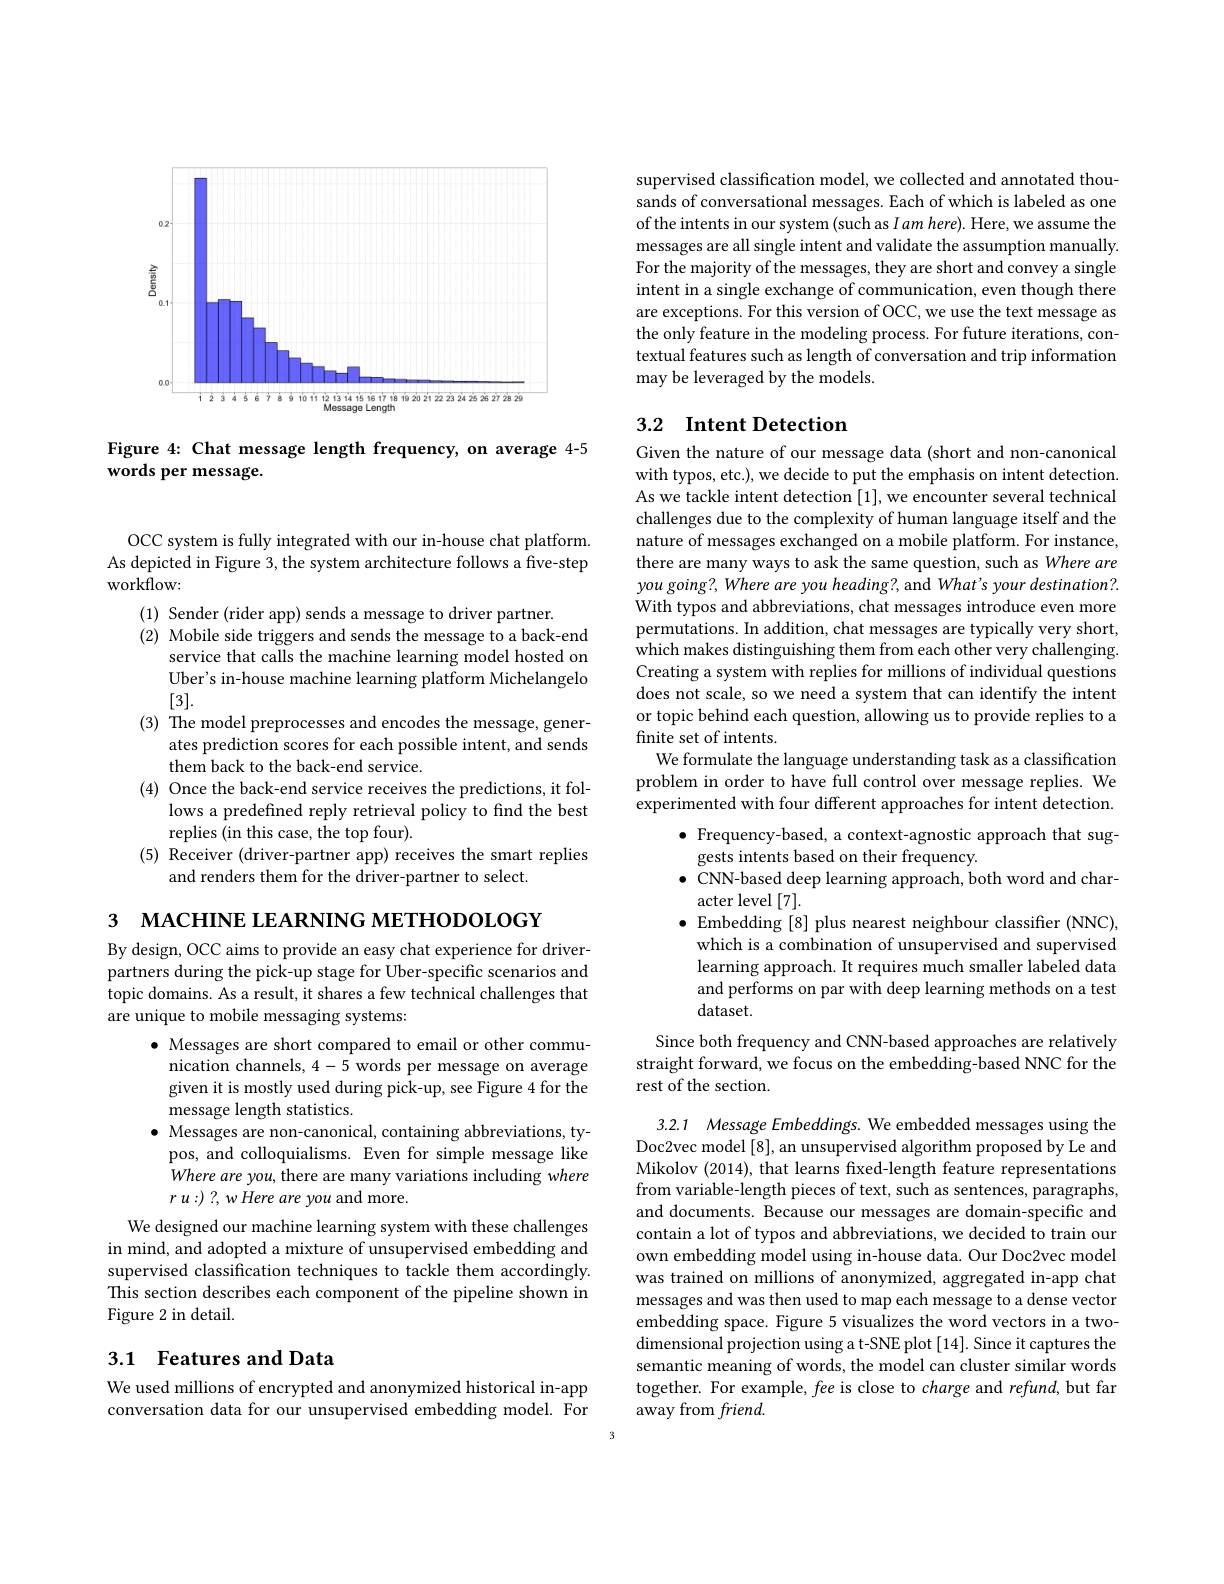
<FigureHere>

Figure 4: Chat message length frequency, on average 4-5
words per message.

OCC system is fully integrated with our in-house chat platform. As depicted in Figure 3, the system architecture follows a five-step workflow:
(1) Sender (rider app) sends a message to driver partner.
(2) Mobile side triggers and sends the message to a back-end
service that calls the machine learning model hosted on Uber's in-house machine learning platform Michelangelo [3].
(3) The model preprocesses and encodes the message, gener-
ates prediction scores for each possible intent, and sends
them back to the back-end service.
(4) Once the back-end service receives the predictions, it fol-
lows a predefined reply retrieval policy to find the best
replies (in this case, the top four).
(5) Receiver (driver-partner app) receives the smart replies
and renders them for the driver-partner to select.

3 мАСНINE LEARNING МЕТНОDOLOGY

By design, OCC aims to provide an easy chat experience for driverpartners during the pick-up stage for Uber-specific scenarios and topic domains. As a result, it shares a few technical challenges that are unique to mobile messaging systems:
$\bullet$ Messages are short compared to email or other commu-
nication channels, 4-5 words per message on average given it is mostly used during pick-up, see Figure 4 for the message length statistics.
$\bullet$ Messages are non-canonical, containing abbreviations, ty-
pos, and colloquialisms. Even for simple message like Where are you, there are many variations including where $r$ $u: )$ ?, $w$ Here are you and $more.$
We designed our machine learning system with these challenges in mind, and adopted a mixture of unsupervised embedding and supervised classification techniques to tackle them accordingly. This section describes each component of the pipeline shown in Figure 2 in detail.

## 3.1 Features and Data

We used millions of encrypted and anonymized historical in-app conversation data for our unsupervised embedding model. For

supervised classification model, we collected and annotated thousands of conversational messages. Each of which is labeled as one of the intents in our system (such as I am here). Here, we assume the messages are all single intent and validate the assumption manually. For the majority of the messages, they are short and convey a single intent in a single exchange of communication, even though there are exceptions. For this version of OCC, we use the text message as the only feature in the modeling process. For future iterations, contextual features such as length of conversation and trip information may be leveraged by the models

## 3.2 $\textbf{Intent Detection}$

Given the nature of our message data (short and non-canonical with typos, etc.), we decide to put the emphasis on intent detection. As we tackle intent detection [1], we encounter several technical challenges due to the complexity of human language itself and the nature of messages exchanged on a mobile platform. For instance, there are many ways to ask the same question, such as Where are you going?, Where are you heading?, and What's your destination?. With typos and abbreviations, chat messages introduce even more permutations. In addition, chat messages are typically very short, which makes distinguishing them from each other very challenging. Creating a system with replies for millions of individual questions does not scale, so we need a system that can identify the intent or topic behind each question, allowing us to provide replies to a finite set of intents.
We formulate the language understanding task as a classification problem in order to have full control over message replies. We experimented with four different approaches for intent detection.
$\bullet$ Frequency-based, a context-agnostic approach that sug-
gests intents based on their frequency.
$\bullet$ CNN-based deep learning approach, both word and char-
acter level [7].
$\bullet$ Embedding [8] plus nearest neighbour classifier (NNC),
which is a combination of unsupervised and supervised learning approach. It requires much smaller labeled data and performs on par with deep learning methods on a test dataset.
Since both frequency and CNN-based approaches are relatively

straight forward, we focus on the embedding-based NNC for the
rest of the section.

3.2.1 Message Embeddings. We embedded messages using the Doc2vec model [8], an unsupervised algorithm proposed by Le and Mikolov (2014), that learns fixed-length feature representations from variable-length pieces of text, such as sentences, paragraphs, and documents. Because our messages are domain-specific and contain a lot of typos and abbreviations, we decided to train our own embedding model using in-house data. Our Doc2vec model was trained on millions of anonymized, aggregated in-app chat messages and was then used to map each message to a dense vector embedding space. Figure 5 visualizes the word vectors in a twodimensional projection using a t-SNE plot[14]. Since it captures the semantic meaning of words, the model can cluster similar words together. For example, fee is close to charge and refund, but far away from friend.